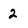
Character: 2